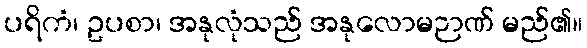
ပရိကံ၊ ဥပစာ၊ အနုလုံသည် အနုလောမဉာဏ် မည်၏။